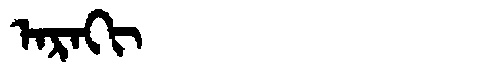
Manchu: ᠠᡵᠠᡴᡳ
Romanization: ARAKI